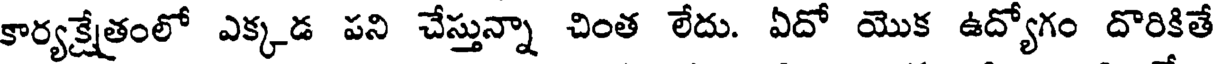
కార్యక్షేతంలో ఎక్కడ పని చేస్తున్నా చింత లేదు. ఏదో యొక ఉద్యోగం దొరికితే